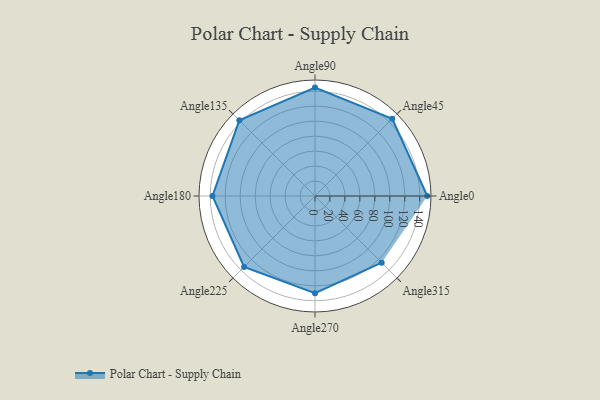
{"axis": {"x": "Angle", "y": "Radius"}, "legend": [""], "data": [{"x": "Angle0", "y": 150.0, "type": ""}, {"x": "Angle45", "y": 146.0, "type": ""}, {"x": "Angle90", "y": 145.0, "type": ""}, {"x": "Angle135", "y": 143.0, "type": ""}, {"x": "Angle180", "y": 137.0, "type": ""}, {"x": "Angle225", "y": 134.0, "type": ""}, {"x": "Angle270", "y": 130.0, "type": ""}, {"x": "Angle315", "y": 126.0, "type": ""}]}